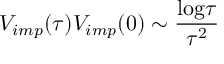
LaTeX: V _ { i m p } ( \tau ) V _ { i m p } ( 0 ) \sim { \frac { \mathrm { l o g } \tau } { \tau ^ { 2 } } }